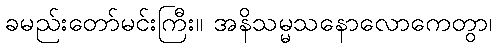
ခမည်းတော်မင်းကြီး။ အနိသမ္မသနောလောကေတွာ၊